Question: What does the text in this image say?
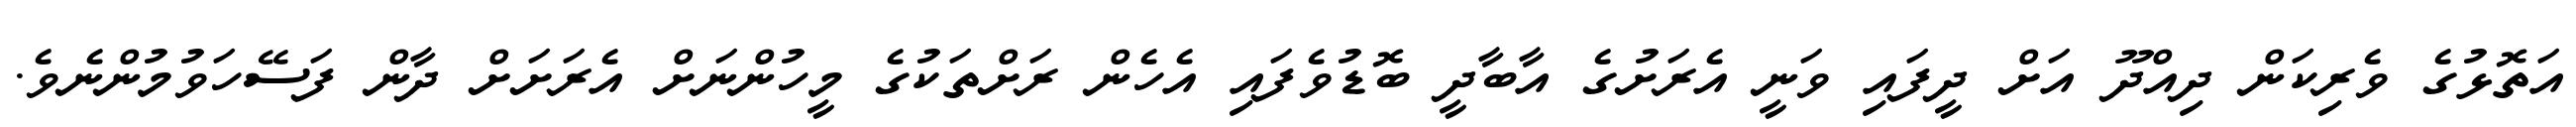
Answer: އަތޮޅުގެ ވެރިކަން ދިއްދޫ އަށް ދީފައި ވަނީ އެރަށުގެ އާބާދީ ބޮޑުވެފައި އެހެން ރަށްތަކުގެ މީހުންނަށް އެރަށަށް ދާން ފަސޭހަވުމުންނެވެ.